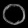
Digit: ၀